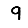
Digit: 9